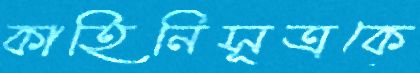
কাহিনিসূত্রকে